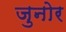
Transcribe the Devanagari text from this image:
जुनोर